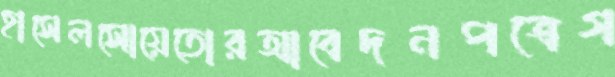
হাসেলসোয়েতোরআবেদনপত্রেগ